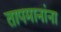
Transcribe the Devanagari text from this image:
तापमानांना